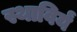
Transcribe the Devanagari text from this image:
स्थाविर्यं